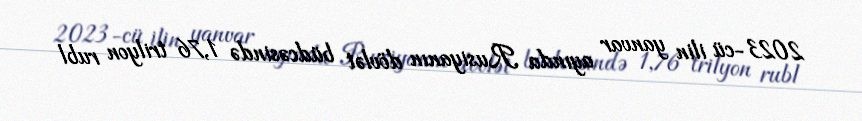
2023-cü ilin yanvar ayında Rusiyanın dövlət büdcəsində 1,76 trilyon rubl